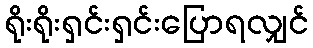
ရိုးရိုးရှင်းရှင်းပြောရလျှင်